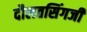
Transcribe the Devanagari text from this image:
दौलतसिंगजी